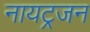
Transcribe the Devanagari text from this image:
नायट्रजन